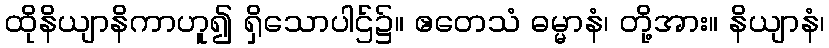
ထိုနိယျာနိကာဟူ၍ ရှိသောပါဌ်၌။ ဧတေသံ ဓမ္မာနံ၊ တို့အား။ နိယျာနံ၊